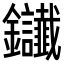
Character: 𨰸